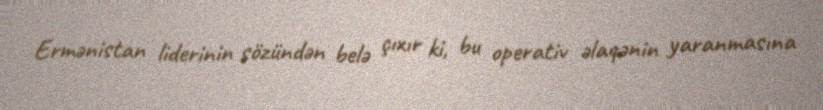
Ermənistan liderinin sözündən belə çıxır ki, bu operativ əlaqənin yaranmasına